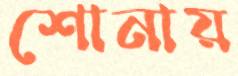
শোনায়